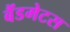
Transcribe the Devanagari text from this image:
बैंडमेटस